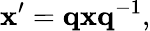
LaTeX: \mathbf{x^{\prime}}=\mathbf{qxq}^{-1},